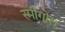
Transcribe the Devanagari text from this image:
स्मीगोल